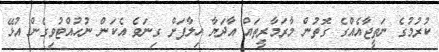
ކުރުމުގެ ނަތީޖާއެއްގެ ގޮތުން މާރަމާރީތައް އާދަޔާ ހިލާފަށް ގިނަވެ އެކަން ނުހުއްޓުވިގެން އުޅޭ